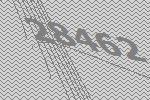
28462